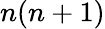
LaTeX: n(n+1)